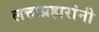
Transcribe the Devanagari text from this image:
लत्ताप्रहारांनी